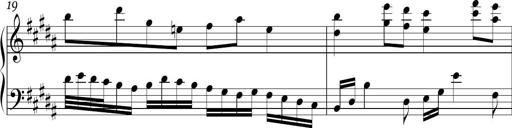
Title: Ten Piano Sonatinas
Composer: Andreas Sain